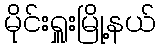
မိုင်းရှူးမြို့နယ်